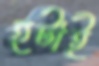
হটাই